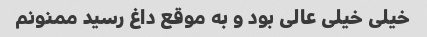
خیلی خیلی عالی بود و به موقع داغ رسید ممنونم